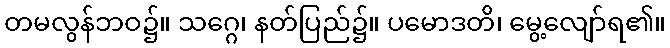
တမလွန်ဘဝ၌။ သဂ္ဂေ၊ နတ်ပြည်၌။ ပမောဒတိ၊ မွေ့လျော်ရ၏။